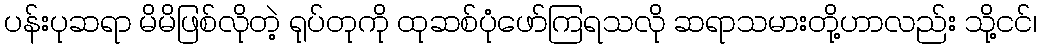
ပန်းပုဆရာ မိမိဖြစ်လိုတဲ့ ရုပ်တုကို ထုဆစ်ပုံဖော်ကြရသလို ဆရာသမားတို့ဟာလည်း သို့ငင်၊